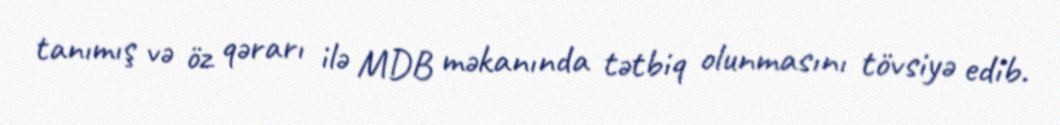
tanımış və öz qərarı ilə MDB məkanında tətbiq olunmasını tövsiyə edib.